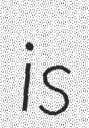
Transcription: is